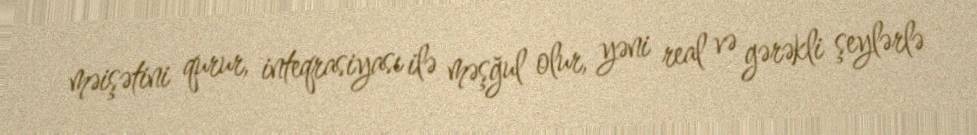
məişətini qurur, inteqrasiyası ilə məşğul olur, yəni real və gərəkli şeylərlə